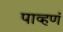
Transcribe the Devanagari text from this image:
पाव्हणं